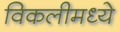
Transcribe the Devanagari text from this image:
विकलीमध्ये